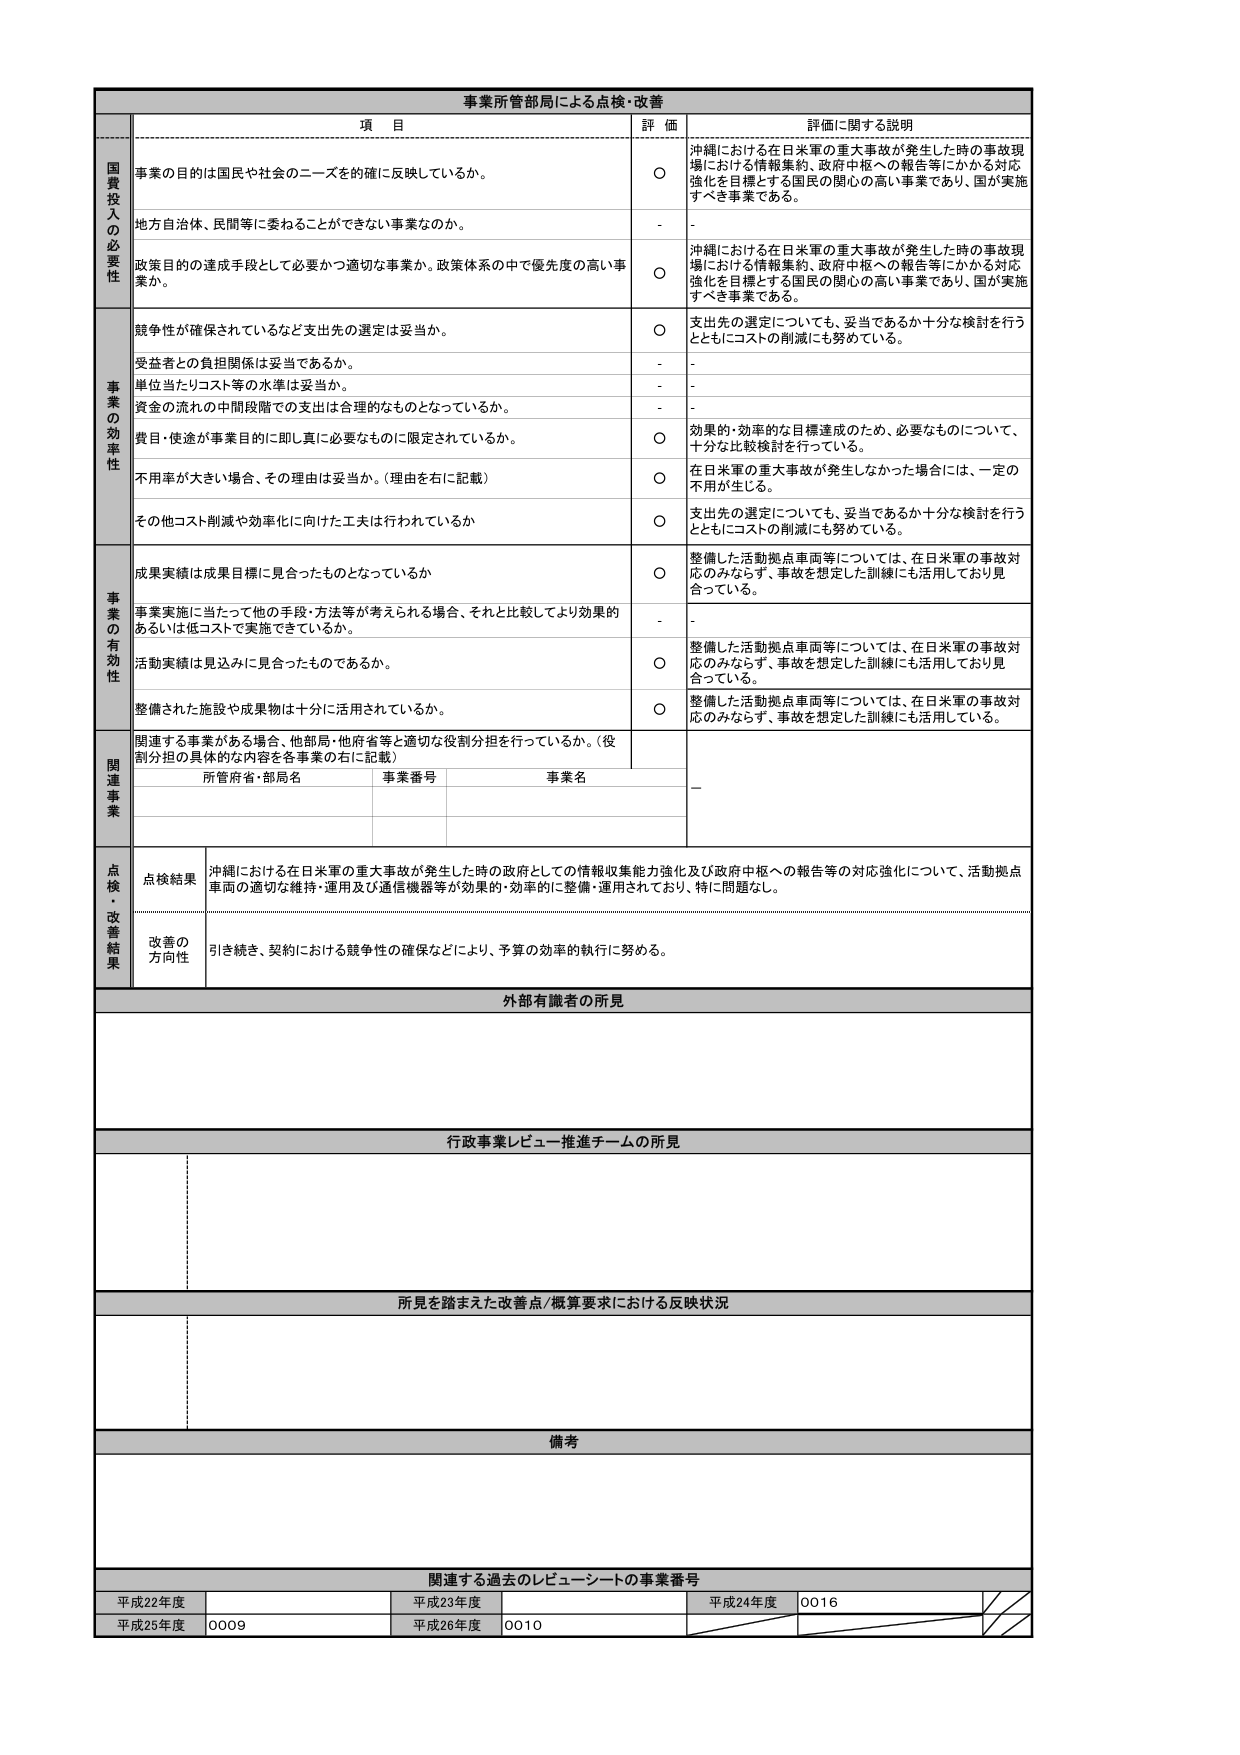
事業所管部局による点検・改善

項 目
評 価
評価に関する説明

国費投入の必要性
事業の目的は国民や社会のニーズを的確に反映しているか。
○
沖縄における在日米軍の重大事故が発生した時の事故現場における情報集約、政府中枢への報告等にかかる対応強化を目標とする国民の関心の高い事業であり、国が実施すべき事業である。

地方自治体、民間等に委ねることができない事業なのか。
-
-

政策目的の達成手段として必要かつ適切な事業か、政策体系の中で優先度の高い事業か。
○
沖縄における在日米軍の重大事故が発生した時の事故現場における情報集約、政府中枢への報告等にかかる対応強化を目標とする国民の関心の高い事業であり、国が実施すべき事業である。

事業の効率性
競争性が確保されているなど支出先の選定は妥当か。
○
支出先の選定についても、妥当であるか十分な検討を行うとともにコストの削減にも努めている。

受益者との負担関係は妥当であるか。
-
-

単位当たりコスト等の水準は妥当か。
-
-

資金の流れの中間段階での支出は合理的なものとなっているか。
-
-

費目・使途が事業目的に即し真に必要なものに限定されているか。
○
効果的・効率的な目標達成のため、必要なものについて、十分な比較検討を行っている。

不用率が大きい場合、その理由は妥当か。（理由を右に記載）
○
在日米軍の重大事故が発生しなかった場合には、一定の不用が生じる。

その他コスト削減や効率化に向けた工夫は行われているか
○
支出先の選定についても、妥当であるか十分な検討を行うとともにコストの削減にも努めている。

事業の有効性
成果実績は成果目標に見合ったものとなっているか
○
整備した活動拠点車両等については、在日米軍の事故対応のみならず、事故を想定した訓練にも活用しており見合っている。

事業実施に当たって他の手段・方法等が考えられる場合、それと比較してより効果的あるいは低コストで実施できているか。
-
-

活動実績は見込みに見合ったものであるか。
○
整備した活動拠点車両等については、在日米軍の事故対応のみならず、事故を想定した訓練にも活用しており見合っている。

整備された施設や成果物は十分に活用されているか。
○
整備した活動拠点車両等については、在日米軍の事故対応のみならず、事故を想定した訓練にも活用している。

関連事業
関連する事業がある場合、他部局・他府省等と適切な役割分担を行っているか。（役割分担の具体的な内容を各事業の右に記載）
所管府省・部局名
事業番号
事業名
—

点検・改善結果
点検結果
沖縄における在日米軍の重大事故が発生した時の政府としての情報収集能力強化及び政府中枢への報告等の対応強化について、活動拠点車両の適切な維持・運用及び通信機器等が効果的・効率的に整備・運用されており、特に問題なし。

改善の方向性
引き続き、契約における競争性の確保などにより、予算の効率的執行に努める。

外部有識者の所見

行政事業レビュー推進チームの所見

所見を踏まえた改善点/概算要求における反映状況

備考

関連する過去のレビューシートの事業番号
平成22年度
平成23年度
平成24年度
0016
平成25年度
0009
平成26年度
0010